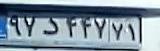
۹۷د۴۴۷۷۱